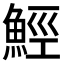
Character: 𩷏